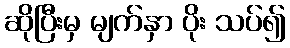
ဆိုပြီးမှ မျက်နှာ ပိုး သပ်၍